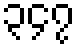
၃၄၇